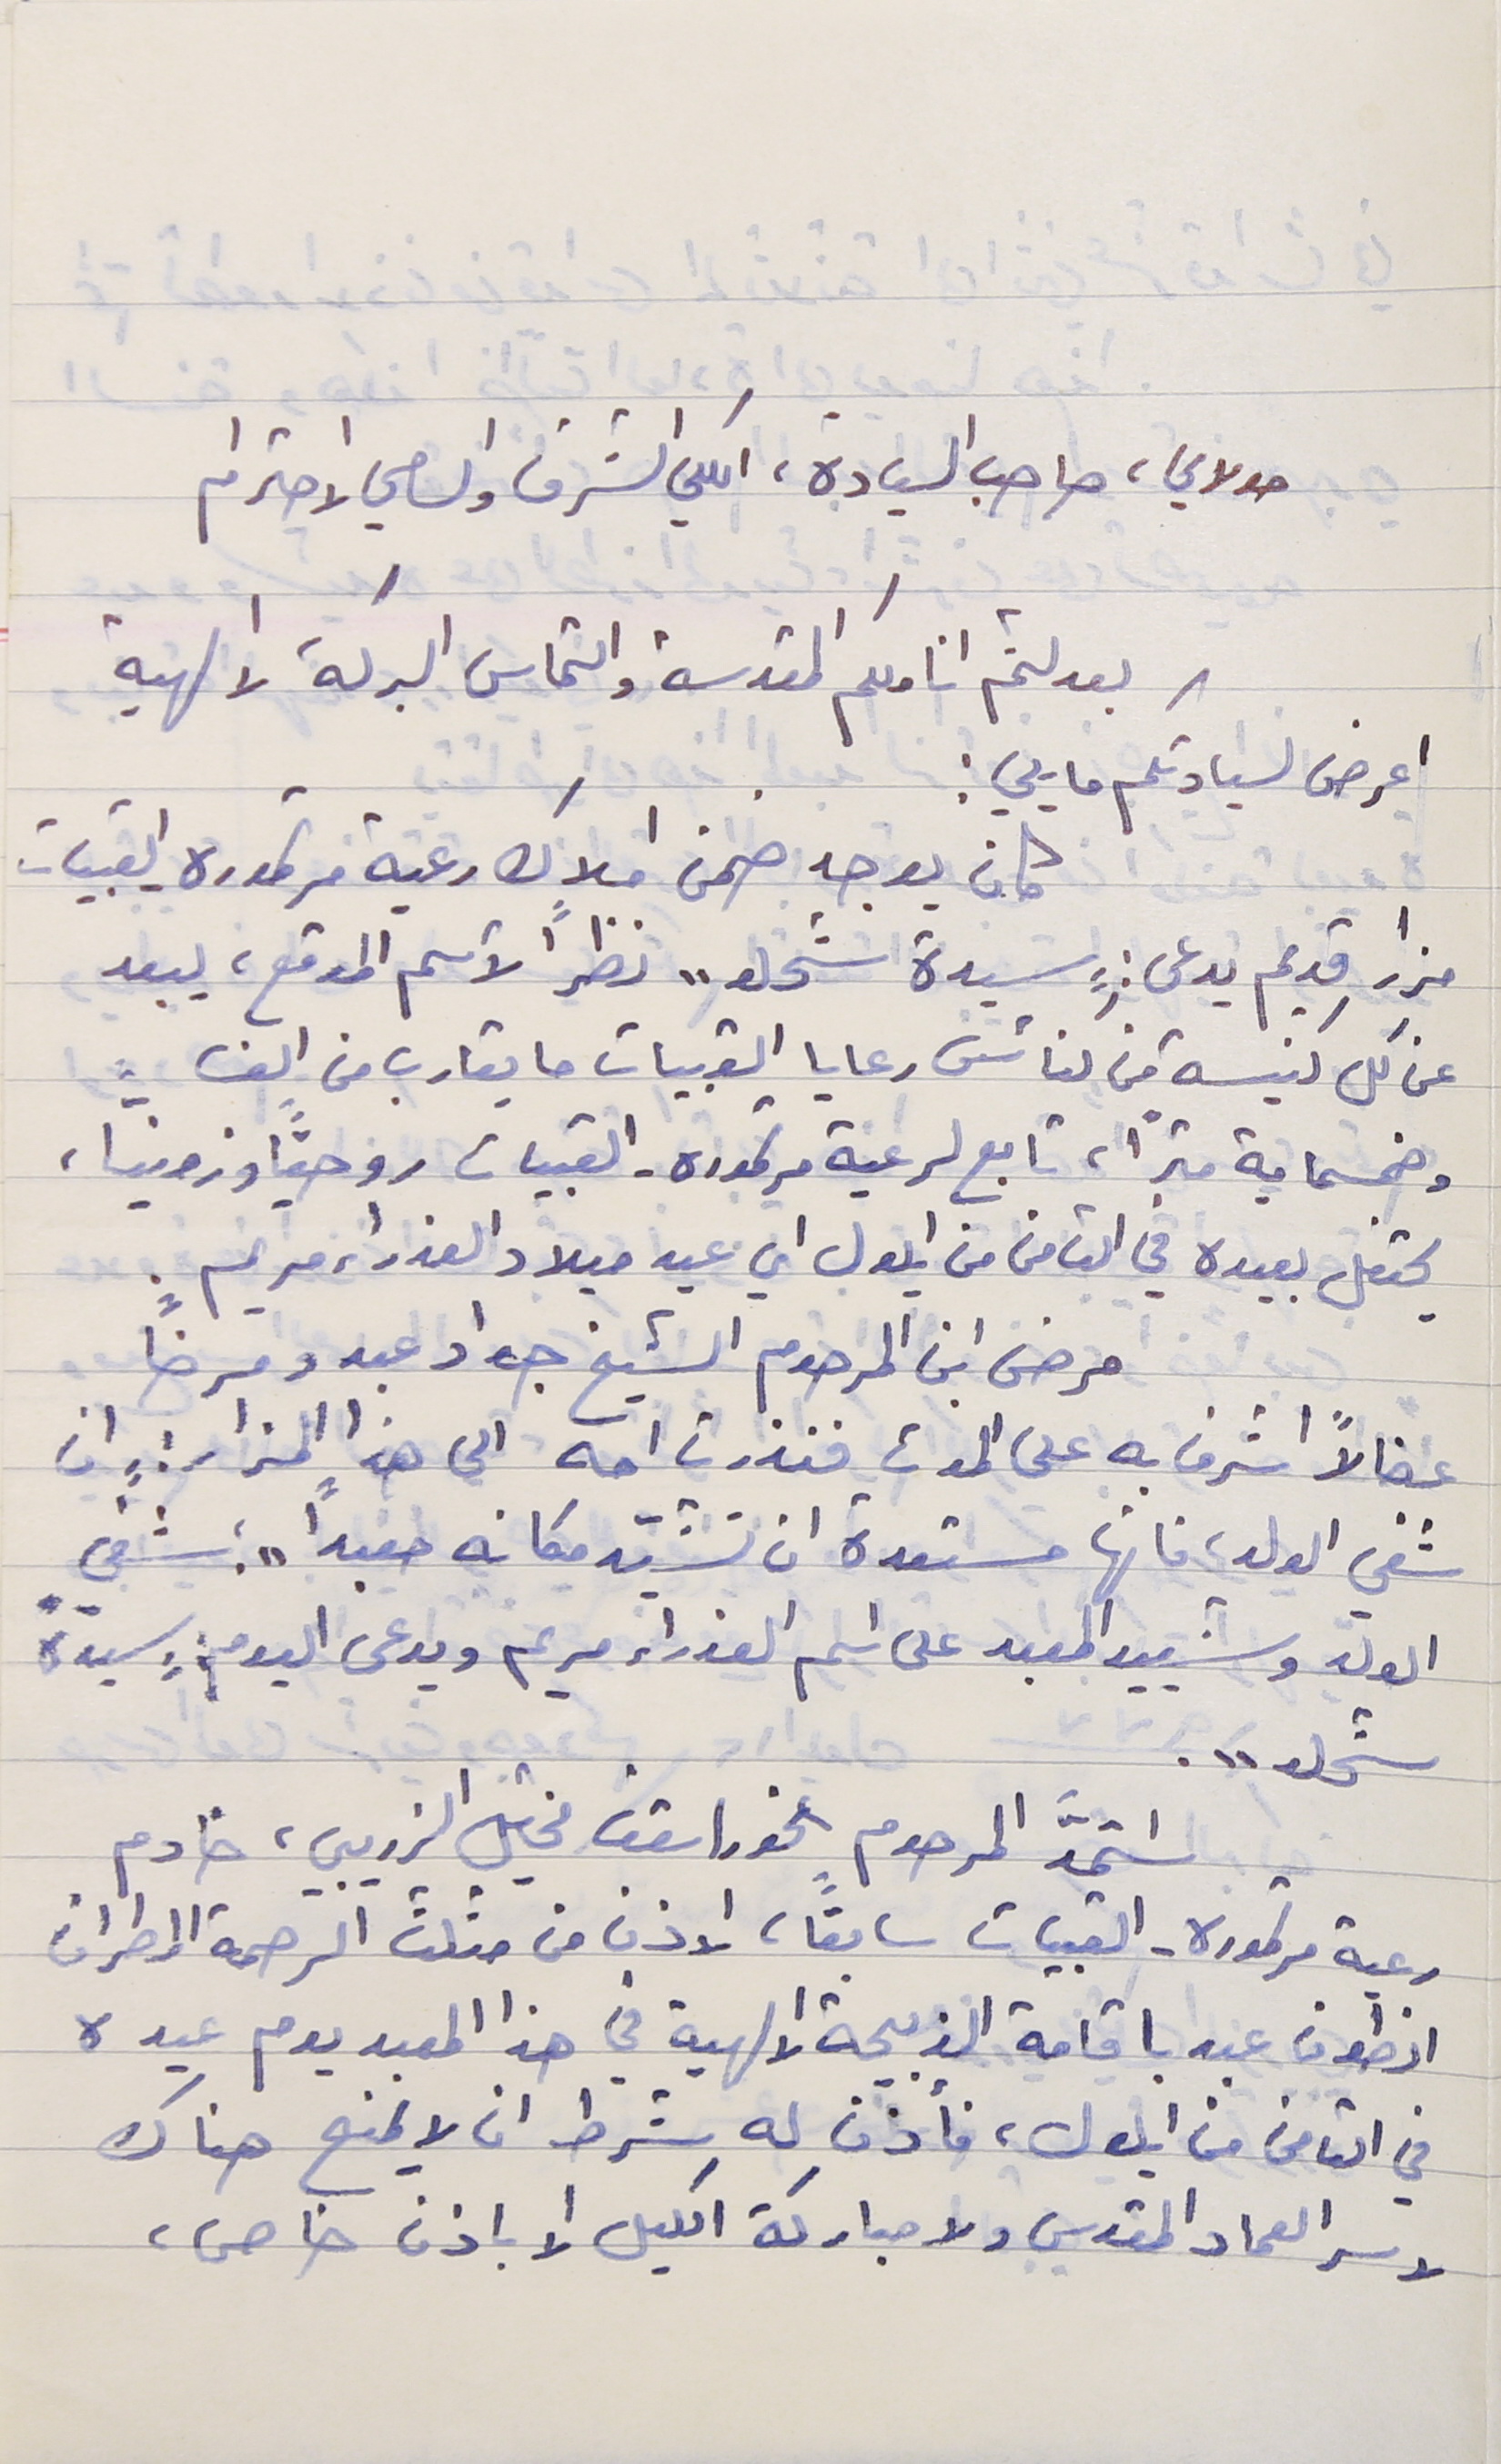
مولاي، صاحب السيادة، الكلي الشرف والسامي الاحترام
بعد لثم اناملكم المقدسة والتماس البركة الالهية
اعرض لسيادتكم ما يلي :
كان يوجد ضمن املاك رعية مرتموره - القبيات
مزار قديم يدعى : "سيدة شحلو" نظراً لأسم الموقع، يبعد
عن كل كنيسة من كنائس رعايا القبيات ما يقارب من الف
وخمسماية متراً, تابع لرعية مرتموره - القبيات روحياً وزمنياً،
يحتفل بعيده في الثامن من ايلول اي عيد ميلاد العذراء مريم.
مرض ابن المرحوم الشيخ جواد عبدو مرضاً
شفي الولد، فانها مستعدة ان تشيّد مكانه معبداً " ؛ شفي
الولد وشييد المعبد على اسم العذراء مريم ويدعى اليوم : سيدَة
شحلو ".
رعية مرتموره - القبيات سابقاً، الاذن من مثلث الرحمة المطران
انطون عبد باقامة الذبيحة الالهية في هذا المعبد يوم عيده
في الثامن من ايلول، فأذن له شرط ان لا يمنح هناك
لا سر العماد المقدس ولا مباركة اكليل الا باذن خاص،
عضالاً اشرف به على الموت فنذرت امه الى هذا المزار : " ان
استمدَّ المرحوم الخوراسقف مخايل الذريبي، خادم